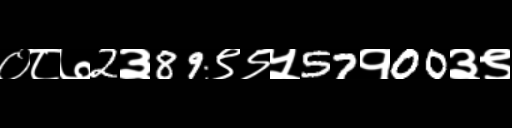
Text: ०८७2३89९९५57१00३९